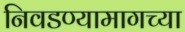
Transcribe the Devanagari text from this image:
निवडण्यामागच्या